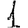
Digit: 1